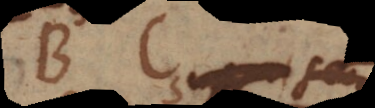
B C